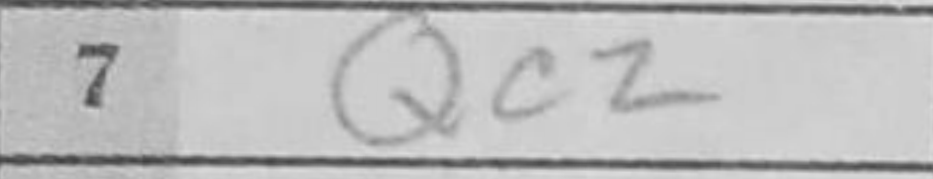
Transcription: Qc2